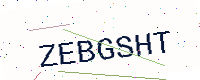
Text: ZEBGSHT